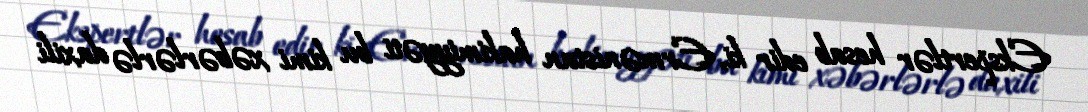
Ekspertlər hesab edir ki, Ermənistan hakimiyyəti bu kimi xəbərlərlə daxili